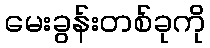
မေးခွန်းတစ်ခုကို